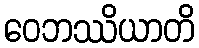
ဝေဘဿိယာတိ